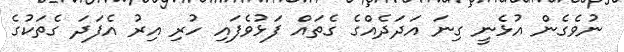
ނުވެގެން އުޅެނީ ގިނަ އަދަދެއްގެ ގެތައް ފަޅުވެފައި ހުރި އިރު އެފަދަ ގެތަކުގެ